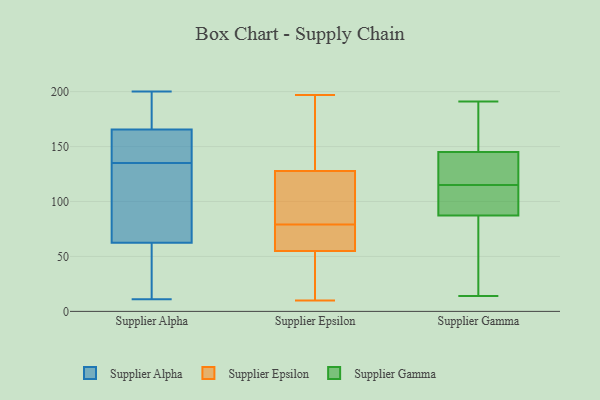
{"axis": {"x": "Backlog", "y": "Value"}, "legend": ["Supplier Alpha", "Supplier Epsilon", "Supplier Gamma"], "data": [{"x": "", "y": 157, "type": "Supplier Alpha"}, {"x": "", "y": 149, "type": "Supplier Alpha"}, {"x": "", "y": 56, "type": "Supplier Alpha"}, {"x": "", "y": 105, "type": "Supplier Alpha"}, {"x": "", "y": 168, "type": "Supplier Alpha"}, {"x": "", "y": 41, "type": "Supplier Alpha"}, {"x": "", "y": 195, "type": "Supplier Alpha"}, {"x": "", "y": 90, "type": "Supplier Alpha"}, {"x": "", "y": 189, "type": "Supplier Alpha"}, {"x": "", "y": 132, "type": "Supplier Alpha"}, {"x": "", "y": 193, "type": "Supplier Alpha"}, {"x": "", "y": 135, "type": "Supplier Alpha"}, {"x": "", "y": 35, "type": "Supplier Alpha"}, {"x": "", "y": 73, "type": "Supplier Alpha"}, {"x": "", "y": 158, "type": "Supplier Alpha"}, {"x": "", "y": 144, "type": "Supplier Alpha"}, {"x": "", "y": 11, "type": "Supplier Alpha"}, {"x": "", "y": 59, "type": "Supplier Alpha"}, {"x": "", "y": 200, "type": "Supplier Alpha"}, {"x": "", "y": 134, "type": "Supplier Epsilon"}, {"x": "", "y": 197, "type": "Supplier Epsilon"}, {"x": "", "y": 176, "type": "Supplier Epsilon"}, {"x": "", "y": 64, "type": "Supplier Epsilon"}, {"x": "", "y": 79, "type": "Supplier Epsilon"}, {"x": "", "y": 52, "type": "Supplier Epsilon"}, {"x": "", "y": 100, "type": "Supplier Epsilon"}, {"x": "", "y": 173, "type": "Supplier Epsilon"}, {"x": "", "y": 98, "type": "Supplier Epsilon"}, {"x": "", "y": 10, "type": "Supplier Epsilon"}, {"x": "", "y": 49, "type": "Supplier Epsilon"}, {"x": "", "y": 109, "type": "Supplier Epsilon"}, {"x": "", "y": 71, "type": "Supplier Epsilon"}, {"x": "", "y": 19, "type": "Supplier Epsilon"}, {"x": "", "y": 67, "type": "Supplier Epsilon"}, {"x": "", "y": 14, "type": "Supplier Gamma"}, {"x": "", "y": 115, "type": "Supplier Gamma"}, {"x": "", "y": 118, "type": "Supplier Gamma"}, {"x": "", "y": 43, "type": "Supplier Gamma"}, {"x": "", "y": 160, "type": "Supplier Gamma"}, {"x": "", "y": 92, "type": "Supplier Gamma"}, {"x": "", "y": 73, "type": "Supplier Gamma"}, {"x": "", "y": 186, "type": "Supplier Gamma"}, {"x": "", "y": 140, "type": "Supplier Gamma"}, {"x": "", "y": 191, "type": "Supplier Gamma"}, {"x": "", "y": 93, "type": "Supplier Gamma"}, {"x": "", "y": 127, "type": "Supplier Gamma"}, {"x": "", "y": 111, "type": "Supplier Gamma"}]}